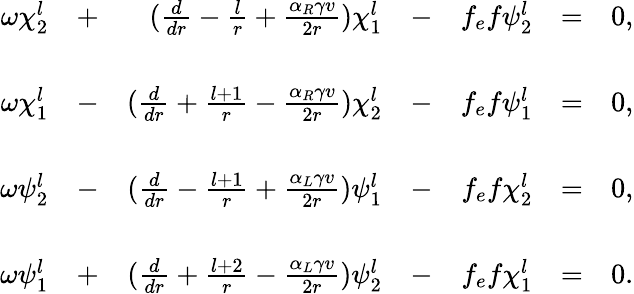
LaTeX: \begin{array}{rcrcrcl}{{\omega\chi_{2}^{l}}}&{{+}}&{{(\frac{d}{dr}-\frac{l}{r}+\frac{\alpha_{R}\gamma v}{2r})\chi_{1}^{l}}}&{{-}}&{{f_{e}f\psi_{2}^{l}}}&{{=}}&{{0,}}\\ {{}}&{{}}&{{}}&{{}}&{{}}&{{}}&{{}}\\ {{\omega\chi_{1}^{l}}}&{{-}}&{{(\frac{d}{dr}+\frac{l+1}{r}-\frac{\alpha_{R}\gamma v}{2r})\chi_{2}^{l}}}&{{-}}&{{f_{e}f\psi_{1}^{l}}}&{{=}}&{{0,}}\\ {{}}&{{}}&{{}}&{{}}&{{}}&{{}}&{{}}\\ {{\omega\psi_{2}^{l}}}&{{-}}&{{(\frac{d}{dr}-\frac{l+1}{r}+\frac{\alpha_{L}\gamma v}{2r})\psi_{1}^{l}}}&{{-}}&{{f_{e}f\chi_{2}^{l}}}&{{=}}&{{0,}}\\ {{}}&{{}}&{{}}&{{}}&{{}}&{{}}&{{}}\\ {{\omega\psi_{1}^{l}}}&{{+}}&{{(\frac{d}{dr}+\frac{l+2}{r}-\frac{\alpha_{L}\gamma v}{2r})\psi_{2}^{l}}}&{{-}}&{{f_{e}f\chi_{1}^{l}}}&{{=}}&{{0.}}\end{array}